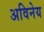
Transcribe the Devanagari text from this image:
अविनेय